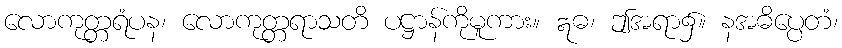
လောကုတ္တရံပန၊ လောကုတ္တရာသတိ ပဋ္ဌာန်ကိုမူကား။ ဣဓ၊ ဤအရာ၌။ နအဓိပ္ပေတံ၊